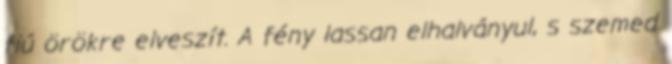
fiú örökre elveszít. A fény lassan elhalványul, s szemed